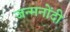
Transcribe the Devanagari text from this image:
जन्मनोंदी